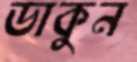
ডাকুন